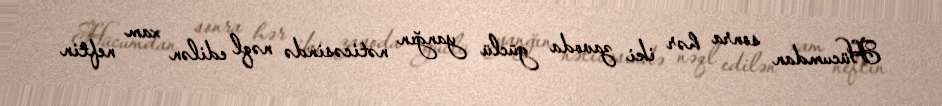
Hücumdan sonra hər iki zavoda güclü yanğın nəticəsində nəql edilən xam neftin